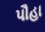
પૌહા